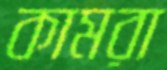
কামরা